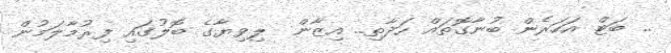
.. ބަޓް އަހަރެން ބުނާގޮތައް ހަދާތި.. އިޒާން  ލިވިޔާގެ ބޮލުގައި ފިރުމާލަމުން